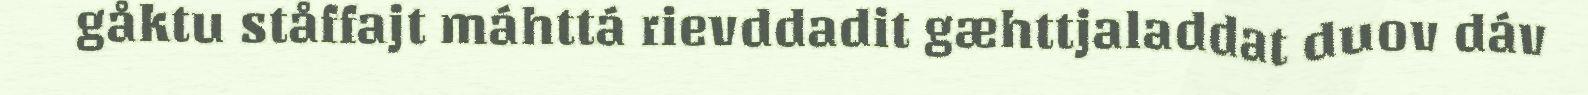
gåktu ståffajt máhttá rievddadit gæhttjaladdat duov dáv